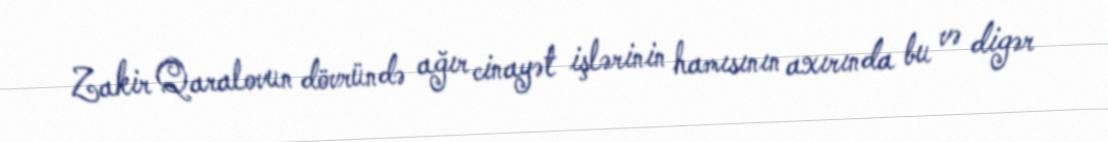
Zakir Qaralovun dövründə ağır cinayət işlərinin hamısının axırında bu və digər